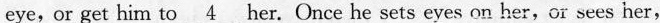
eye, or get him to \underline{4} her. Once he sets eyes on her,or sees her,